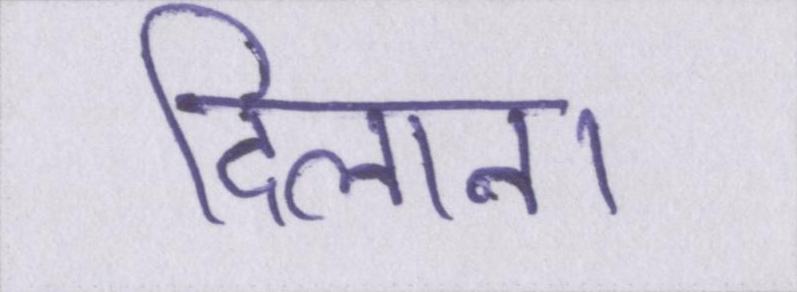
दिलाना